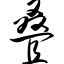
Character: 叠